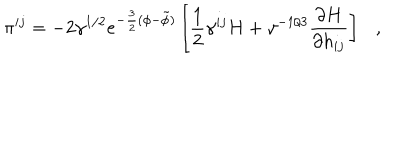
\pi ^ { i j } = - 2 \gamma ^ { 1 / 2 } e ^ { - \frac { 3 } { 2 } ( \phi - \tilde { \phi } ) } \left[ \frac { 1 } { 2 } \gamma ^ { i j } H + \gamma ^ { - 1 / 3 } \frac { \partial H } { \partial h _ { i j } } \right] ,